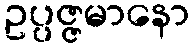
ဥပ္ပဇ္ဇမာနော